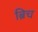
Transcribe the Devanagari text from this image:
ब्रिच